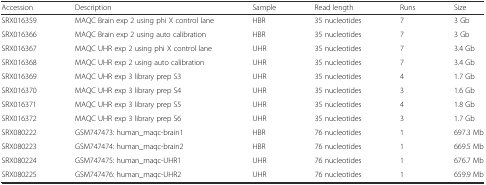
<table><thead><tr><td><b>Accession</b></td><td><b>Description</b></td><td><b>Sample</b></td><td><b>Read length</b></td><td><b>Runs</b></td><td><b>Size</b></td></tr></thead><tbody><tr><td>SRX016359</td><td>MAQC Brain exp 2 using phi X control lane</td><td>HBR</td><td>35 nucleotides</td><td>7</td><td>3 Gb</td></tr><tr><td>SRX016366</td><td>MAQC Brain exp 2 using auto calibration</td><td>HBR</td><td>35 nucleotides</td><td>7</td><td>3 Gb</td></tr><tr><td>SRX016367</td><td>MAQC UHR exp 2 using phi X control lane</td><td>UHR</td><td>35 nucleotides</td><td>7</td><td>3.4 Gb</td></tr><tr><td>SRX016368</td><td>MAQC UHR exp 2 using auto calibration</td><td>UHR</td><td>35 nucleotides</td><td>7</td><td>3.4 Gb</td></tr><tr><td>SRX016369</td><td>MAQC UHR exp 3 library prep S3</td><td>UHR</td><td>35 nucleotides</td><td>4</td><td>1.7 Gb</td></tr><tr><td>SRX016370</td><td>MAQC UHR exp 3 library prep S4</td><td>UHR</td><td>35 nucleotides</td><td>3</td><td>1.6 Gb</td></tr><tr><td>SRX016371</td><td>MAQC UHR exp 3 library prep S5</td><td>UHR</td><td>35 nucleotides</td><td>4</td><td>1.8 Gb</td></tr><tr><td>SRX016372</td><td>MAQC UHR exp 3 library prep S6</td><td>UHR</td><td>35 nucleotides</td><td>3</td><td>1.7 Gb</td></tr><tr><td>SRX080222</td><td>GSM747473: human_maqc-brain1</td><td>HBR</td><td>76 nucleotides</td><td>1</td><td>697.3 Mb</td></tr><tr><td>SRX080223</td><td>GSM747474: human_maqc-brain2</td><td>HBR</td><td>76 nucleotides</td><td>1</td><td>669.5 Mb</td></tr><tr><td>SRX080224</td><td>GSM747475: human_maqc-UHR1</td><td>UHR</td><td>76 nucleotides</td><td>1</td><td>676.7 Mb</td></tr><tr><td>SRX080225</td><td>GSM747476: human_maqc-UHR2</td><td>UHR</td><td>76 nucleotides</td><td>1</td><td>659.9 Mb</td></tr></tbody></table>